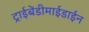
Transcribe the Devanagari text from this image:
ट्राईबेंडीमाईडाईन